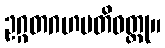
ဥဂ္ဂတဂဟပတိဝတ္ထု။